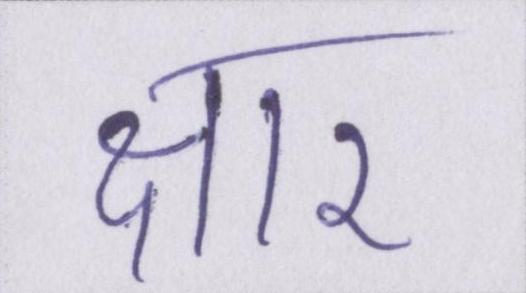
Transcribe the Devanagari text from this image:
क्षार